Tezpur Lunatic Asylum reports 1877-1894 - 1877-1894
Year: 1877
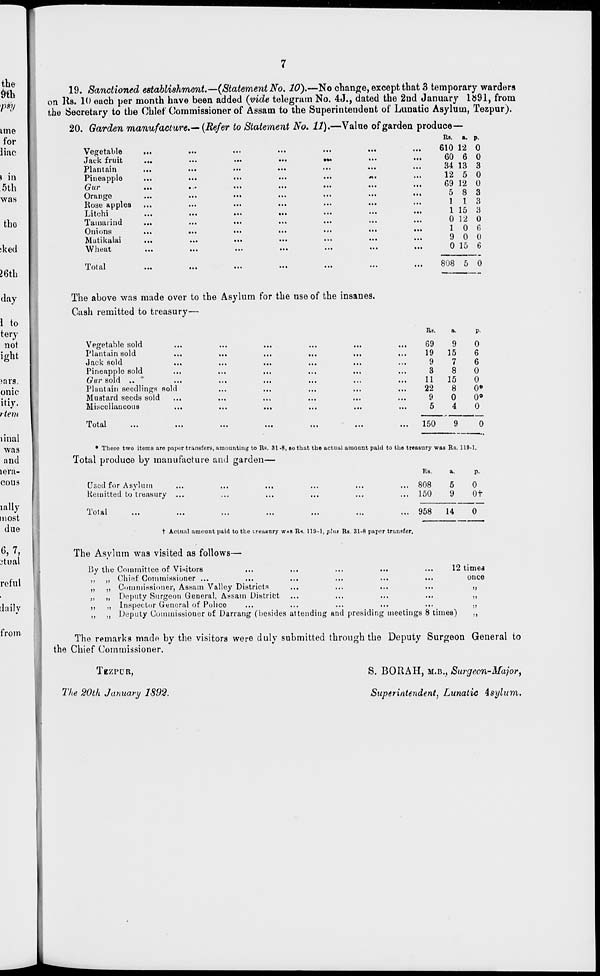
19. Sanctioned establishment.—(Statement No. 10).—No change, except that 3 temporary warders
on Rs. 10 each per month have been added (vide telegram No. 4J., dated the 2nd January 1891, from
the Secretary to the Chief Commissioner of Assam to the Superintendent of Lunatic Asylum, Tezpur).
20. Garden manufacture.— (Refer to Statement No. 11).—Value of garden produce-
Vegetable
Jack fruit
...
Plantain
Pineapple
...
Gur
...
Orange
Rose apples
Litohi
Tamarind
Onions
Matikalai
...
Wheat
Total
...
...
...
...
...
...
...
...
...
...
...
...
...
...
...
...
...
...
...
...
Rs. a. p.
,,,
, ,,
610 12 0
•*»
...
...
60 6 0
...
1 ,,
34 13 3
*..
12 5 0
...
...
,,
69 12 0
.,
5 8 3
...
( .,
1 1 3
>••
1 15 3
...
1..
0 12 0
...
■ ••
1 0 fi
...
...
I..
9 0 0
...
0 15 6
...
808 5 0
The above was made over to the Asylum for the use of the insanes.
Cash remitted to treasury—
Rs,
a.
Vegetable sold
Plantain sold
Jack sold
Pineapple sold
Gur sold ..
Plantain seedlings sold
Mustard seeds sold
Miscellaneous
Total
...
,,,
69
9
0
...
...
...
.1.
19
15
6
...
...
...
...
9
7
6
.1.
...
...
3
8
0
• ••
...
11
15
0
...
• 1.
22
8
0«
...
...
...
...
9
0
0°
...
...
.11
...
5
150
4
0
...
9
0
• These two items are paper transfers, amounting to Rs. 31 -8, BO that the actual amount paid to the treasury was Rs. 119-1.
Total produce by manufacture and garden—
Rs.
a.
p.
Used for Asylum
...
...
...
...
...
... 808
5
0
Remitted to treasury ...
...
...
...
...
... 150
9
Of
Total
958
14
t Actual amount paid to the treasury WHS RS. 113-1, plus Rs. 31-8 paper transfer.
0
The Asylum was visited as follows—
By the Committee of Viwitors
,, ,, Chief Commissioner ...
„ ,, Commissioner, Assam Valley Districts
„ ,, Deputy Surgeon General, Assam District
,, „ Inspector General of Police
,, ,, Deputy Commissioner of Darrang (besides attending and presidin
12 timea
once
neetiogs 8 times)
The remarks made by the visitors were duly submitted through the Deputy Surgeon General to
the Chief Commissioner.
TBZPUB,
The 20th January 1892.
S. BORAH, M.B., Surgeon-Major,
Superintendent, Lunatic isylum.